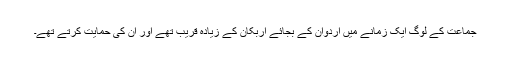
جماعت کے لوگ ایک زمانے میں اردوان کے بجائے اربکان کے زیادہ قریب تھے اور ان کی حمایت کرتے تھے۔